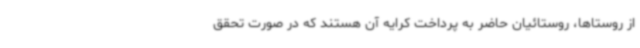
از روستاها، روستائیان حاضر به پرداخت کرایه آن هستند که در صورت تحقق